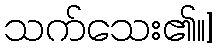
သက်သေး၏။]